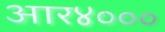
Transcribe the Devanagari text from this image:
आर४०००